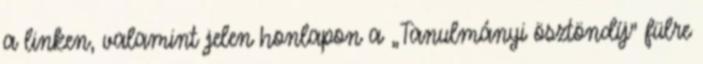
a linken, valamint jelen honlapon a „Tanulmányi ösztöndíj” fülre